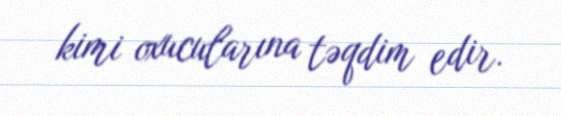
kimi oxucularına təqdim edir.